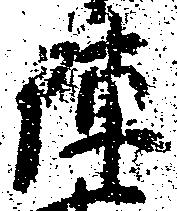
陣